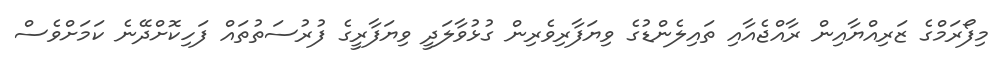
މިފޯރަމްގެ ޒަރިއްޔާއިން ރާއްޖެއާއި ތައިލެންޑުގެ ވިޔަފާރިވެރިން ގުޅުވާލަދީ ވިޔަފާރީގެ ފުރުސަތުތައް ފަހިކޮށްދޭނެ ކަމަށްވެސް